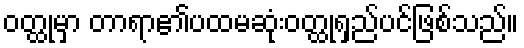
ဝတ္ထုမှာ တာရာ၏ပထမဆုံးဝတ္ထုရှည်ပင်ဖြစ်သည်။